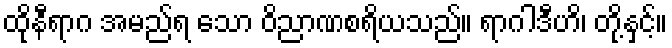
ထိုနီရာဂ အမည်ရ သော ဝိညာဏစရိယသည်။ ရာဂါဒီဟိ၊ တို့နှင့်။